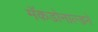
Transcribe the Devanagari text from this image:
मॅकडोनाल्डने